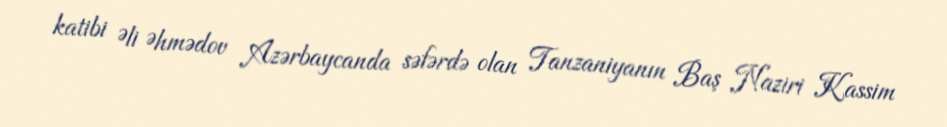
katibi Əli Əhmədov Azərbaycanda səfərdə olan Tanzaniyanın Baş Naziri Kassim